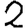
Digit: 2